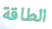
الطاقة